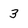
Character: 3